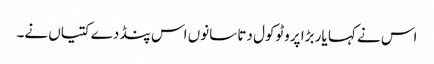
اس نے کہا یار بڑا پروٹوکول دتا سانوں اس پنڈ دے کتیاں نے۔